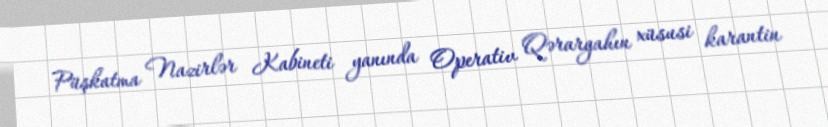
Püşkatma Nazirlər Kabineti yanında Operativ Qərargahın xüsusi karantin